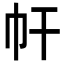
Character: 𢁗